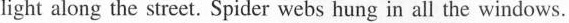
light along the street. Spider we bs hung in all the windows.